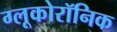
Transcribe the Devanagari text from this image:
ग्लूकोरॉनिक